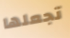
تجعلها